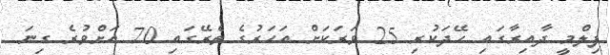
ފިލްމީ ދާއިރާގައި ހޭދަކުރި 25 ވަރަކަށް އަހަރުގެ ތެރޭގައި 70 އަށްވުރެ ގިނަ